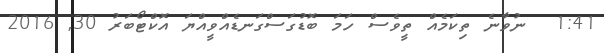
1:41  ނުވާނެ ތިކަމެއް ތީވެސް ހަމަ ބޮޑުގަސްގަނޑެއްވީއްޔަ އޮކްޓޯބަރު 30